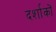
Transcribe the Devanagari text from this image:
दर्शाकों